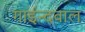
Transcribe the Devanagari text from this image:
गाईन्दवाल